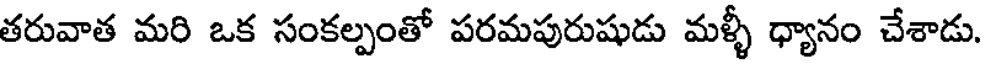
తరువాత మరి ఒక సంకల్పంతో పరమపురుషుడు మళ్ళీ ధ్యానం చేశాడు.